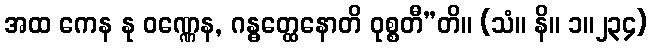
အထ ကေန နု ဝဏ္ဏေန, ဂန္ဓတ္ထေနောတိ ဝုစ္စတီ”တိ။ (သံ။ နိ။ ၁။၂၃၄)